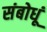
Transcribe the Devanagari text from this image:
संबोधूं